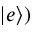
| e \rangle )